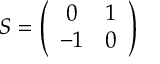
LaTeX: S = \left( \begin{array} { c c } { { 0 } } & { { 1 } } \\ { { - 1 } } & { { 0 } } \end{array} \right)